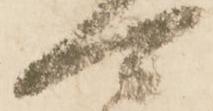
可